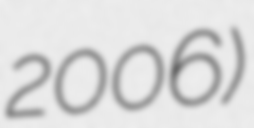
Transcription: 2006)